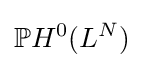
{\mathbb {P} }H^{0}(L^{N})